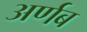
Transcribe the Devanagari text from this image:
अर्णब